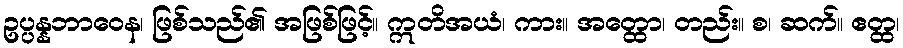
ဥပ္ပန္နဘာဝေန၊ ဖြစ်သည်၏ အဖြစ်ဖြင့်။ ဣတိအယံ၊ ကား။ အတ္ထော၊ တည်း။ စ၊ ဆက်။ ဧတ္ထ၊